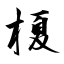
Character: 榎